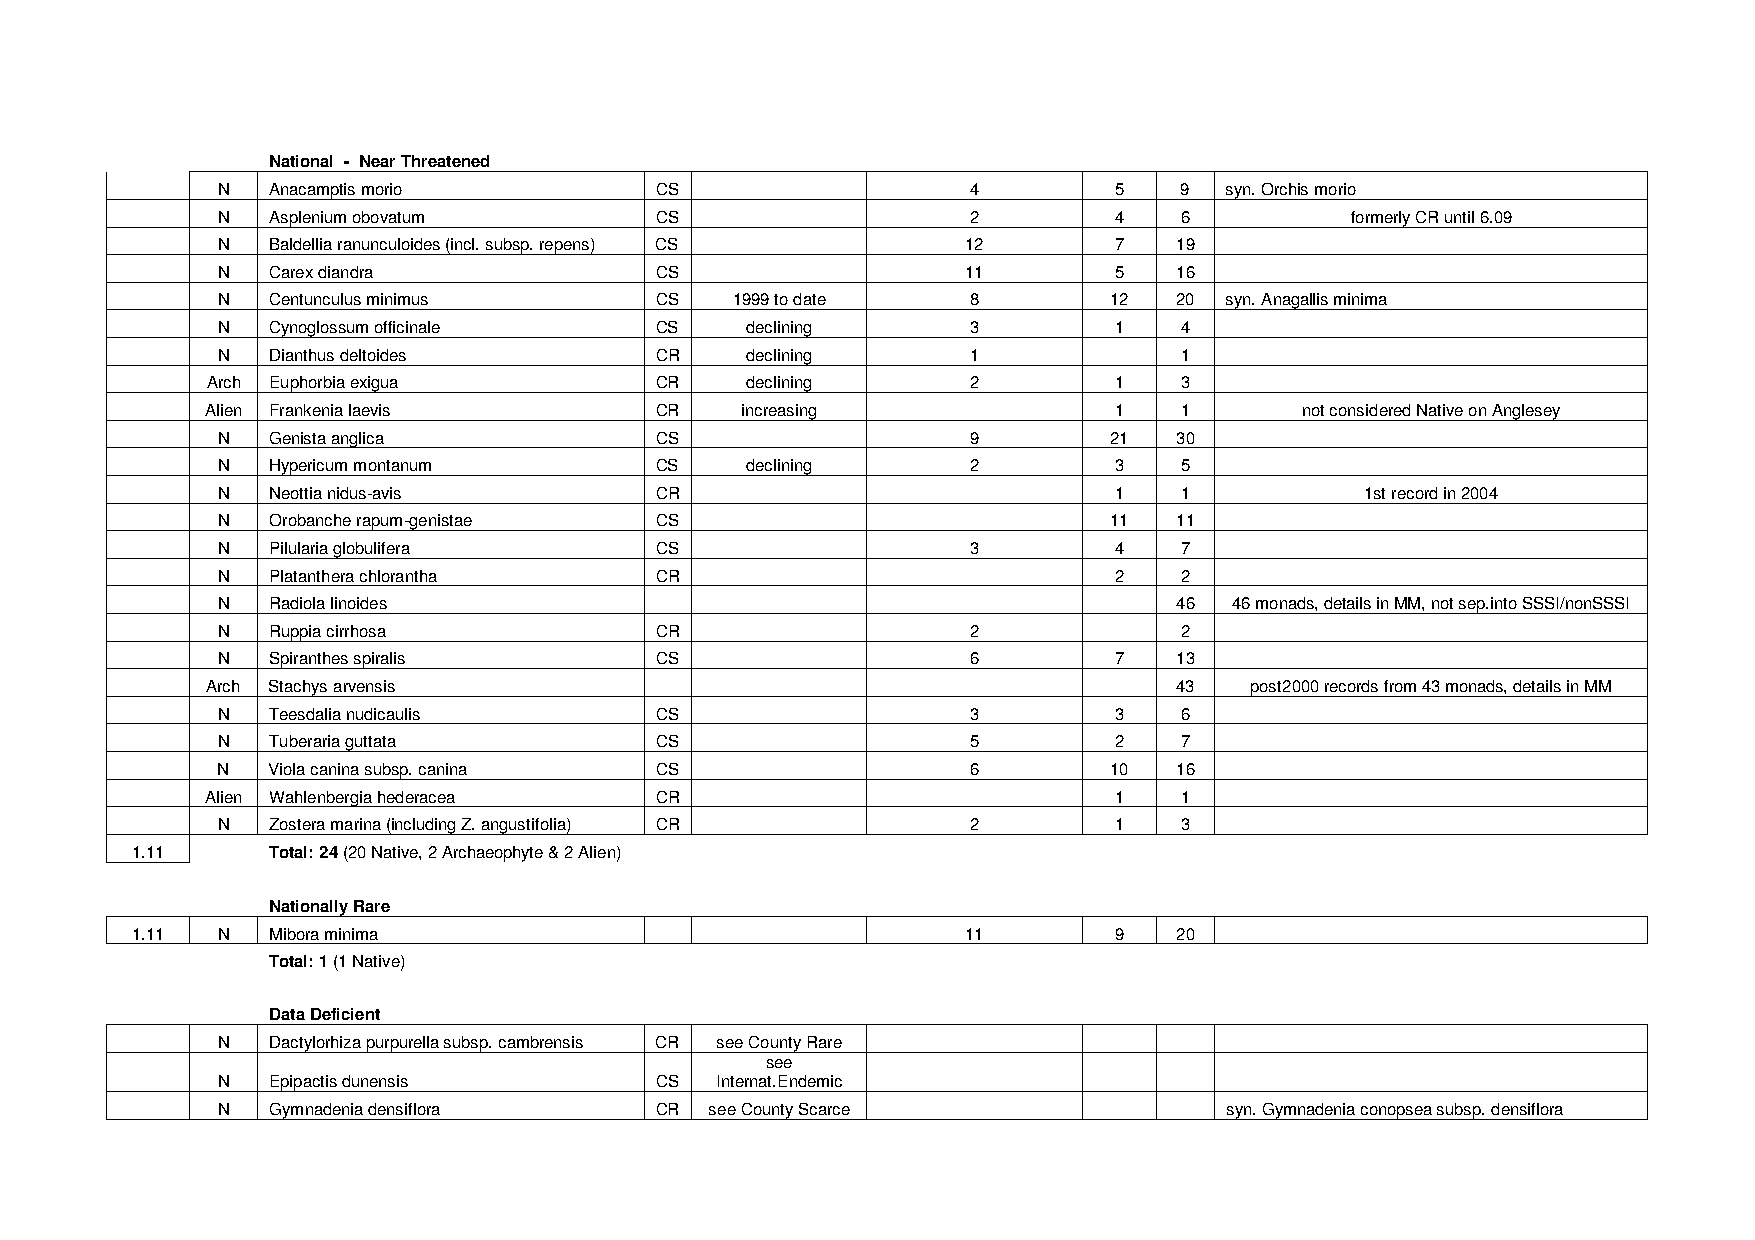
National - Near Threatened
 N   Anacamptis morio         CS                   4         5   9  syn. Orchis morio
 N   Asplenium obovatum       CS                   2         4   6          formerly CR until 6.09
 N   Baldellia ranunculoides (incl. subsp. repens) CS 12     7   19
 N   Carex diandra            CS                   11        5   16
 N   Centunculus minimus      CS   1999 to date    8        12   20 syn. Anagallis minima
 N   Cynoglossum officinale   CS    declining      3         1   4
 N   Dianthus deltoides       CR    declining      1             1
 Arch Euphorbia exigua        CR    declining      2         1   3
 Alien Frankenia laevis       CR    increasing               1   1       not considered Native on Anglesey
 N   Genista anglica          CS                   9        21   30
 N   Hypericum montanum       CS    declining      2         3   5
 N   Neottia nidus-avis       CR                             1   1           1st record in 2004
 N   Orobanche rapum-genistae CS                            11   11
 N   Pilularia globulifera    CS                   3         4   7
 N   Platanthera chlorantha   CR                             2   2
 N   Radiola linoides                                            46  46 monads, details in MM, not sep.into SSSI/nonSSSI
 N   Ruppia cirrhosa          CR                   2             2
 N   Spiranthes spiralis      CS                   6         7   13
 Arch Stachys arvensis                                           43   post2000 records from 43 monads, details in MM
 N   Teesdalia nudicaulis     CS                   3         3   6
 N   Tuberaria guttata        CS                   5         2   7
 N   Viola canina subsp. canina CS                 6        10   16
 Alien Wahlenbergia hederacea CR                             1   1
 N   Zostera marina (including Z. angustifolia) CR 2         1   3
 1.11     Total: 24 (20 Native, 2 Archaeophyte & 2 Alien)
 Nationally Rare
 1.11 N   Mibora minima                                 11        9   20
 Total: 1 (1 Native)
 Data Deficient
 N   Dactylorhiza purpurella subsp. cambrensis CR see County Rare
 see
 N   Epipactis dunensis       CS  Internat.Endemic
 N   Gymnadenia densiflora    CR  see County Scarce                 syn. Gymnadenia conopsea subsp. densiflora